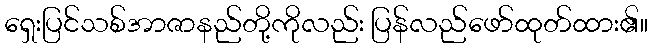
ရှေးပြင်သစ်အာဇာနည်တို့ကိုလည်း ပြန်လည်ဖော်ထုတ်ထား၏။